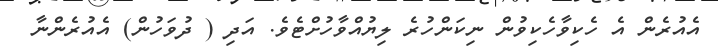
އެއުރެން އެ ހެކިވާހެކިވުން ނިކަންހުރެ ލިޔުއްވާހުށްޓެވެ. އަދި ( ދުވަހުން) އެއުރެންނާ